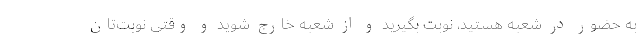
به حضور در شعبه هستید، نوبت بگیرید و از شعبه خارج شوید و وقتی نوبت‌تان